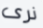
نرى